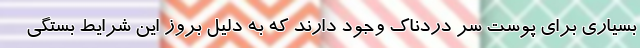
بسیاری برای پوست سر دردناک وجود دارند که به دلیل بروز این شرایط بستگی